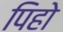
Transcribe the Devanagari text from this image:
पिहो